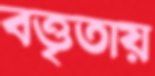
বত্তৃতায়